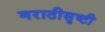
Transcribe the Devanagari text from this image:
मराठीसृष्टी